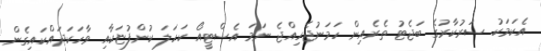
އެކަމަކު ސަރުކާރުގެ ބަޖެޓު ތެރެއިން ހަމަނުޖެހިއްޖެ ނަމަ އެސްޓީއޯ ކަހަލަ ކުންފުޏަކާއި ވާހަކަދައްކައިގެން